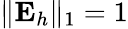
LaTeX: \Vert\textbf{E}_{h}\Vert_{1}=1